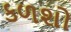
કળશો